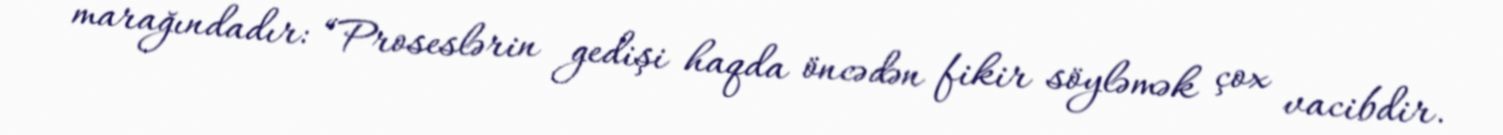
marağındadır: “Proseslərin gedişi haqda öncədən fikir söyləmək çox vacibdir.